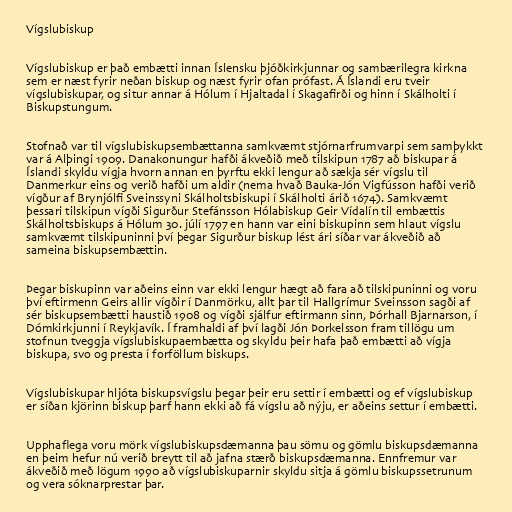
Vígslubiskup

Vígslubiskup er það embætti innan Íslensku þjóðkirkjunnar og sambærilegra kirkna
sem er næst fyrir neðan biskup og næst fyrir ofan prófast. Á Íslandi eru tveir
vígslubiskupar, og situr annar á Hólum í Hjaltadal í Skagafirði og hinn í Skálholti í
Biskupstungum.

Stofnað var til vígslubiskupsembættanna samkvæmt stjórnarfrumvarpi sem samþykkt
var á Alþingi 1909. Danakonungur hafði ákveðið með tilskipun 1787 að biskupar á
Íslandi skyldu vígja hvorn annan en þyrftu ekki lengur að sækja sér vígslu til
Danmerkur eins og verið hafði um aldir (nema hvað Bauka-Jón Vigfússon hafði verið
vígður af Brynjólfi Sveinssyni Skálholtsbiskupi í Skálholti árið 1674). Samkvæmt
þessari tilskipun vígði Sigurður Stefánsson Hólabiskup Geir Vídalín til embættis
Skálholtsbiskups á Hólum 30. júlí 1797 en hann var eini biskupinn sem hlaut vígslu
samkvæmt tilskipuninni því þegar Sigurður biskup lést ári síðar var ákveðið að
sameina biskupsembættin.

Þegar biskupinn var aðeins einn var ekki lengur hægt að fara að tilskipuninni og voru
því eftirmenn Geirs allir vígðir í Danmörku, allt þar til Hallgrímur Sveinsson sagði af
sér biskupsembætti haustið 1908 og vígði sjálfur eftirmann sinn, Þórhall Bjarnarson, í
Dómkirkjunni í Reykjavík. Í framhaldi af því lagði Jón Þorkelsson fram tillögu um
stofnun tveggja vígslubiskupaembætta og skyldu þeir hafa það embætti að vígja
biskupa, svo og presta í forföllum biskups.

Vígslubiskupar hljóta biskupsvígslu þegar þeir eru settir í embætti og ef vígslubiskup
er síðan kjörinn biskup þarf hann ekki að fá vígslu að nýju, er aðeins settur í embætti.

Upphaflega voru mörk vígslubiskupsdæmanna þau sömu og gömlu biskupsdæmanna
en þeim hefur nú verið breytt til að jafna stærð biskupsdæmanna. Ennfremur var
ákveðið með lögum 1990 að vígslubiskuparnir skyldu sitja á gömlu biskupssetrunum
og vera sóknarprestar þar.